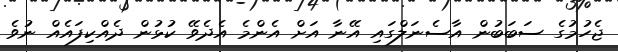
ޖެހުމުގެ ސަބަބުން އާސެނަލްގައި އޭނާ އަށް އެންމެ އެދެވޭ ކުޅުން ދެއްކިފައެއް ނުވެ